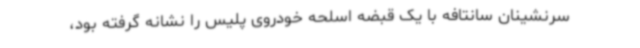
سرنشینان سانتافه با یک قبضه اسلحه خودروی پلیس را نشانه گرفته بود،